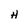
Character: H